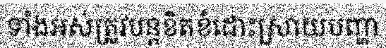
ទាំងអស់ត្រូវបន្តខិតខំដោះស្រាយបញ្ហា